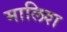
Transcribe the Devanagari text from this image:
मालिश्‍ा